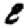
Digit: 8